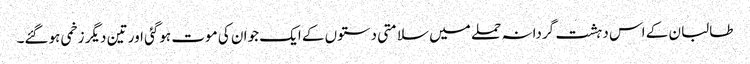
طالبان کے اس دہشت گردانہ حملے میں سلامتی دستوں کے ایک جوان کی موت ہوگئی اور تین دیگر زخمی ہوگئے۔